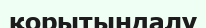
қорытындалу